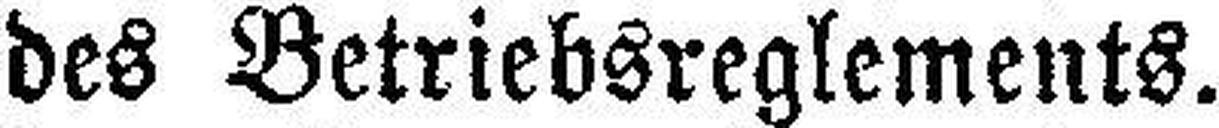
des Betriebsreglements.